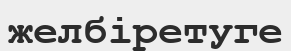
желбіретуге